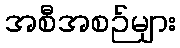
အစီအစဉ်များ